Report of the Indian Hemp Drugs Commission, 1894-1895 - Volume VIII
Year: 1894
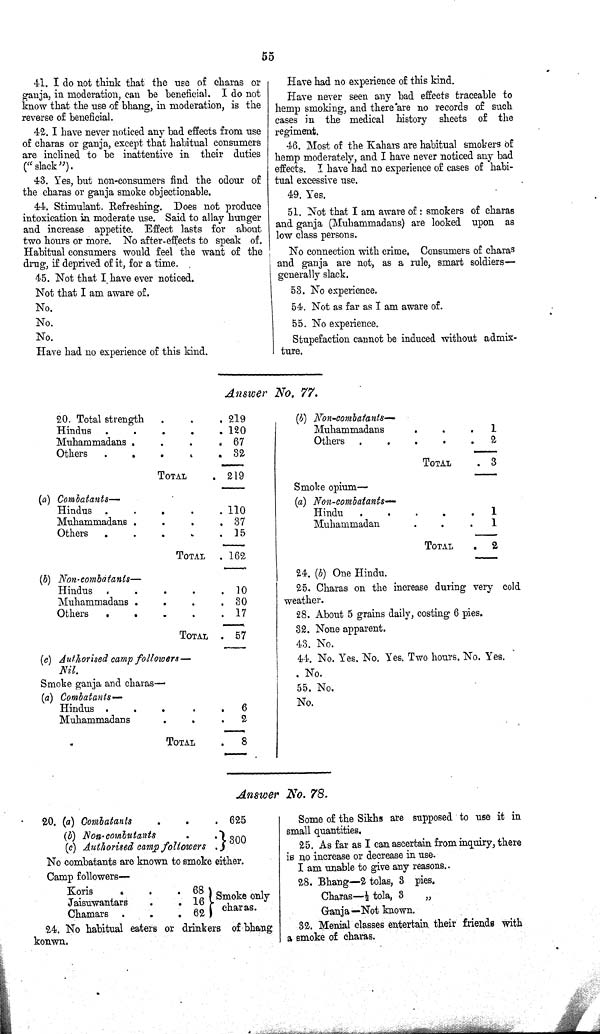
55
41. I do not think that the use of charas or
ganja, in moderation, can be beneficial. I do not
know that the use of bhang, in moderation, is the
reverse of beneficial.
42. I have never noticed any bad effects from use
of charas or ganja, except that habitual consumers
are inclined to be inattentive in their duties
("slack").
43. Yes, but non-consumers find the odour of
the charas or ganja smoke objectionable.
44. Stimulant. Refreshing. Does not produce
intoxication in moderate use. Said to allay hunger
and increase appetite. Effect lasts for about
two hours or more. No after-effects to speak of.
Habitual consumers would feel the want of the
drug, if deprived of it, for a time.
45. Not that I have ever noticed.
Not that I am aware of.
No.
No.
No.
Have had no experience of this kind.
Have had no experience of this kind.
Have never seen any bad effects traceable to
hemp smoking, and there are no records of such
cases in the medical history sheets of the
regiment.
46. Most of the Kahars are habitual smokers of
hemp moderately, and I have never noticed any bad
effects. I have had no experience of cases of habi-
tual excessive use.
49. Yes.
51. Not that I am aware of: smokers of charas
and ganja (Muhammadans) are looked upon as
low class persons.
No connection with crime. Consumers of charas
and ganja are not, as a rule, smart soldiers—
generally slack.
53. No experience.
54. Not as far as I am aware of.
55. No experience.
Stupefaction cannot be induced without admix-
ture.
Answer No. 77.
20. Total strength
219
Hindus
120
Muhammadans
67
Others
32
TOTAL
219
(a) Combatants—
Hindus
110
Muhammadans
37
Others
15
TOTAL
162
(b) Non-combatants—
Hindus
10
Muhammadans
30
Others
17
TOTAL
57
(c) Authorised camp followers—
Nil.
Smoke ganja and charas—
(a) Combatants—
Hindus
6
Muhammadans
2
TOTAL
8
(b) Non-combatants—
Muhammadans
1
Others
2
TOTAL
3
Smoke opium—
(a) Non-combatants—
Hindu
1
Muhammadan
1
TOTAL
2
24. (b) One Hindu.
25. Charas on the increase during very cold
weather.
28. About 5 grains daily, costing 6 pies.
32. None apparent.
43. No.
44. No. Yes. No. Yes. Two hours. No. Yes.
No.
55. No.
No.
Answer No. 78.
20. (a) Combatants
625
(b) Non-cambutants
300
(c) Authorised camp followers
300
No combatants are known to smoke either.
Camp followers—
Koris
68 Smoke only
charas.
Jaisuwantars
16
Smoke only
charas.
Chamars
62
Smoke only
charas.
24. No habitual eaters or drinkers of bhang
konwn.
Some of the Sikhs are supposed to use it in
small quantities.
25. As far as I can ascertain from inquiry, there
is no increase or decrease in use.
I am unable to give any reasons.
28. Bhang—2 tolas, 3 pies.
Charas—1/2 tola, 3 "
Ganja—Not known.
32. Menial classes entertain their friends with
a smoke of charas.